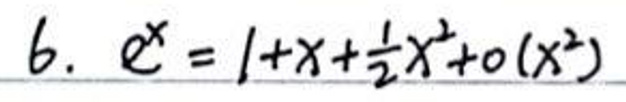
6. \(e^{x}=1+x+\frac{1}{2}x^{2}+o(x^{2})\)